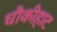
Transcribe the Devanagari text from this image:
चौकीहाट